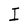
Character: I